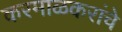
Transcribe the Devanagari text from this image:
करमाळकरांचे